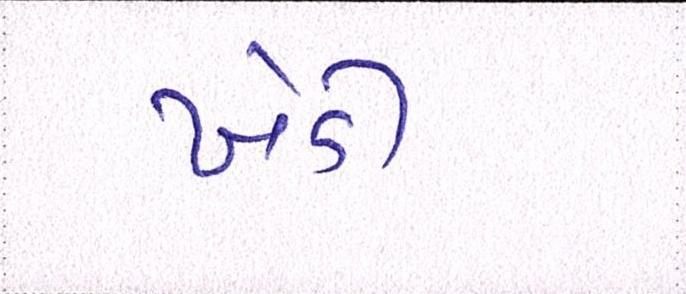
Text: ખેડી